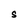
Character: S